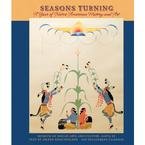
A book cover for Seasons Turning: A Year of Native American History and Art 2009 Engagement Calendar; Pomegranate; Calendars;